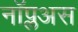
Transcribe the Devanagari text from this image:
नॉप्लअस